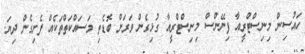
ހައުސިން މިނިސްޓްރީއާ ފިނޭންސް މިނިސްޓްރީއާ ގުޅިގެން ވަރަށް ބޮޑެތި މަސައްކަތްތަކެއް ފެށިގެން ދިޔަ.